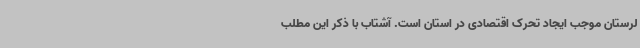
لرستان موجب ایجاد تحرک اقتصادی در استان است. آشتاب با ذکر این مطلب